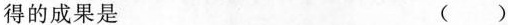
得的成果是 ( )